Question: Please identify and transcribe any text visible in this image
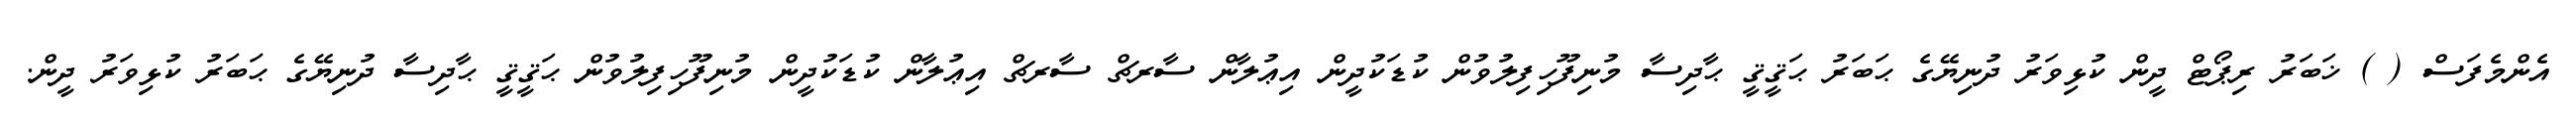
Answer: އެންމެފަސް ( ) ޚަބަރު ރިޕޯޓް ދީން ކުޅިވަރު ދުނިޔޭގެ ޙަބަރު ޙަޤީޤީ ޙާދިސާ މުނިފޫހިފިލުވުން ކުޑަކުދީން އިޢުލާން ސާރޗް ސާރޗް އިޢުލާން ކުޑަކުދީން މުނިފޫހިފިލުވުން ޙަޤީޤީ ޙާދިސާ ދުނިޔޭގެ ޙަބަރު ކުޅިވަރު ދީން.